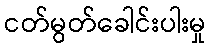
ငတ်မွတ်ခေါင်းပါးမှု